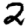
Digit: 2